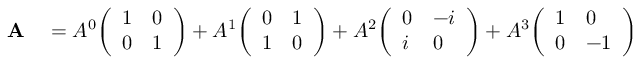
\begin{array} { r l } { \mathbf { A } } & { { } = A ^ { 0 } { \left( \begin{array} { l l } { 1 } & { 0 } \\ { 0 } & { 1 } \end{array} \right) } + A ^ { 1 } { \left( \begin{array} { l l } { 0 } & { 1 } \\ { 1 } & { 0 } \end{array} \right) } + A ^ { 2 } { \left( \begin{array} { l l } { 0 } & { - i } \\ { i } & { 0 } \end{array} \right) } + A ^ { 3 } { \left( \begin{array} { l l } { 1 } & { 0 } \\ { 0 } & { - 1 } \end{array} \right) } } \end{array}